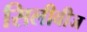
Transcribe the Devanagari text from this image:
सिलीवीज